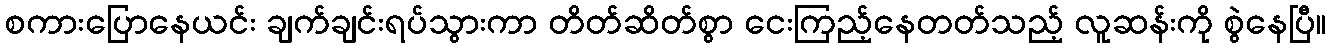
စကားပြောနေယင်း ချက်ချင်းရပ်သွားကာ တိတ်ဆိတ်စွာ ငေးကြည့်နေတတ်သည့် လူဆန်းကို စွဲနေပြီ။